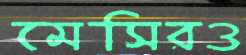
মেসিরও